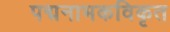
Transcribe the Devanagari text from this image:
पद्मनाभकविकृत